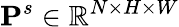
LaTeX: \mathbf{P}^{s}\in\mathbb{R}^{N\times H\times W}